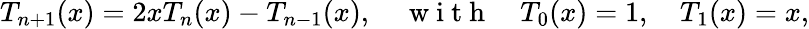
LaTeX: T_{n+1}(x)=2xT_{n}(x)-T_{n-1}(x),\quad\mathrm{~w~i~t~h~}\quad T_{0}(x)=1,\quad T_{1}(x)=x,